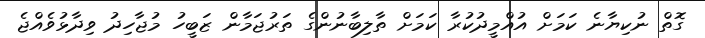
ގޮތް ނުކިޔާނެ ކަމަށް އުއްމީދުކުރާ ކަމަށް ތާލިބާނުންގެ ތަރުޖަމާން ޒަބީހު މުޖާހިދު ވިދާޅުވެއްޖެ